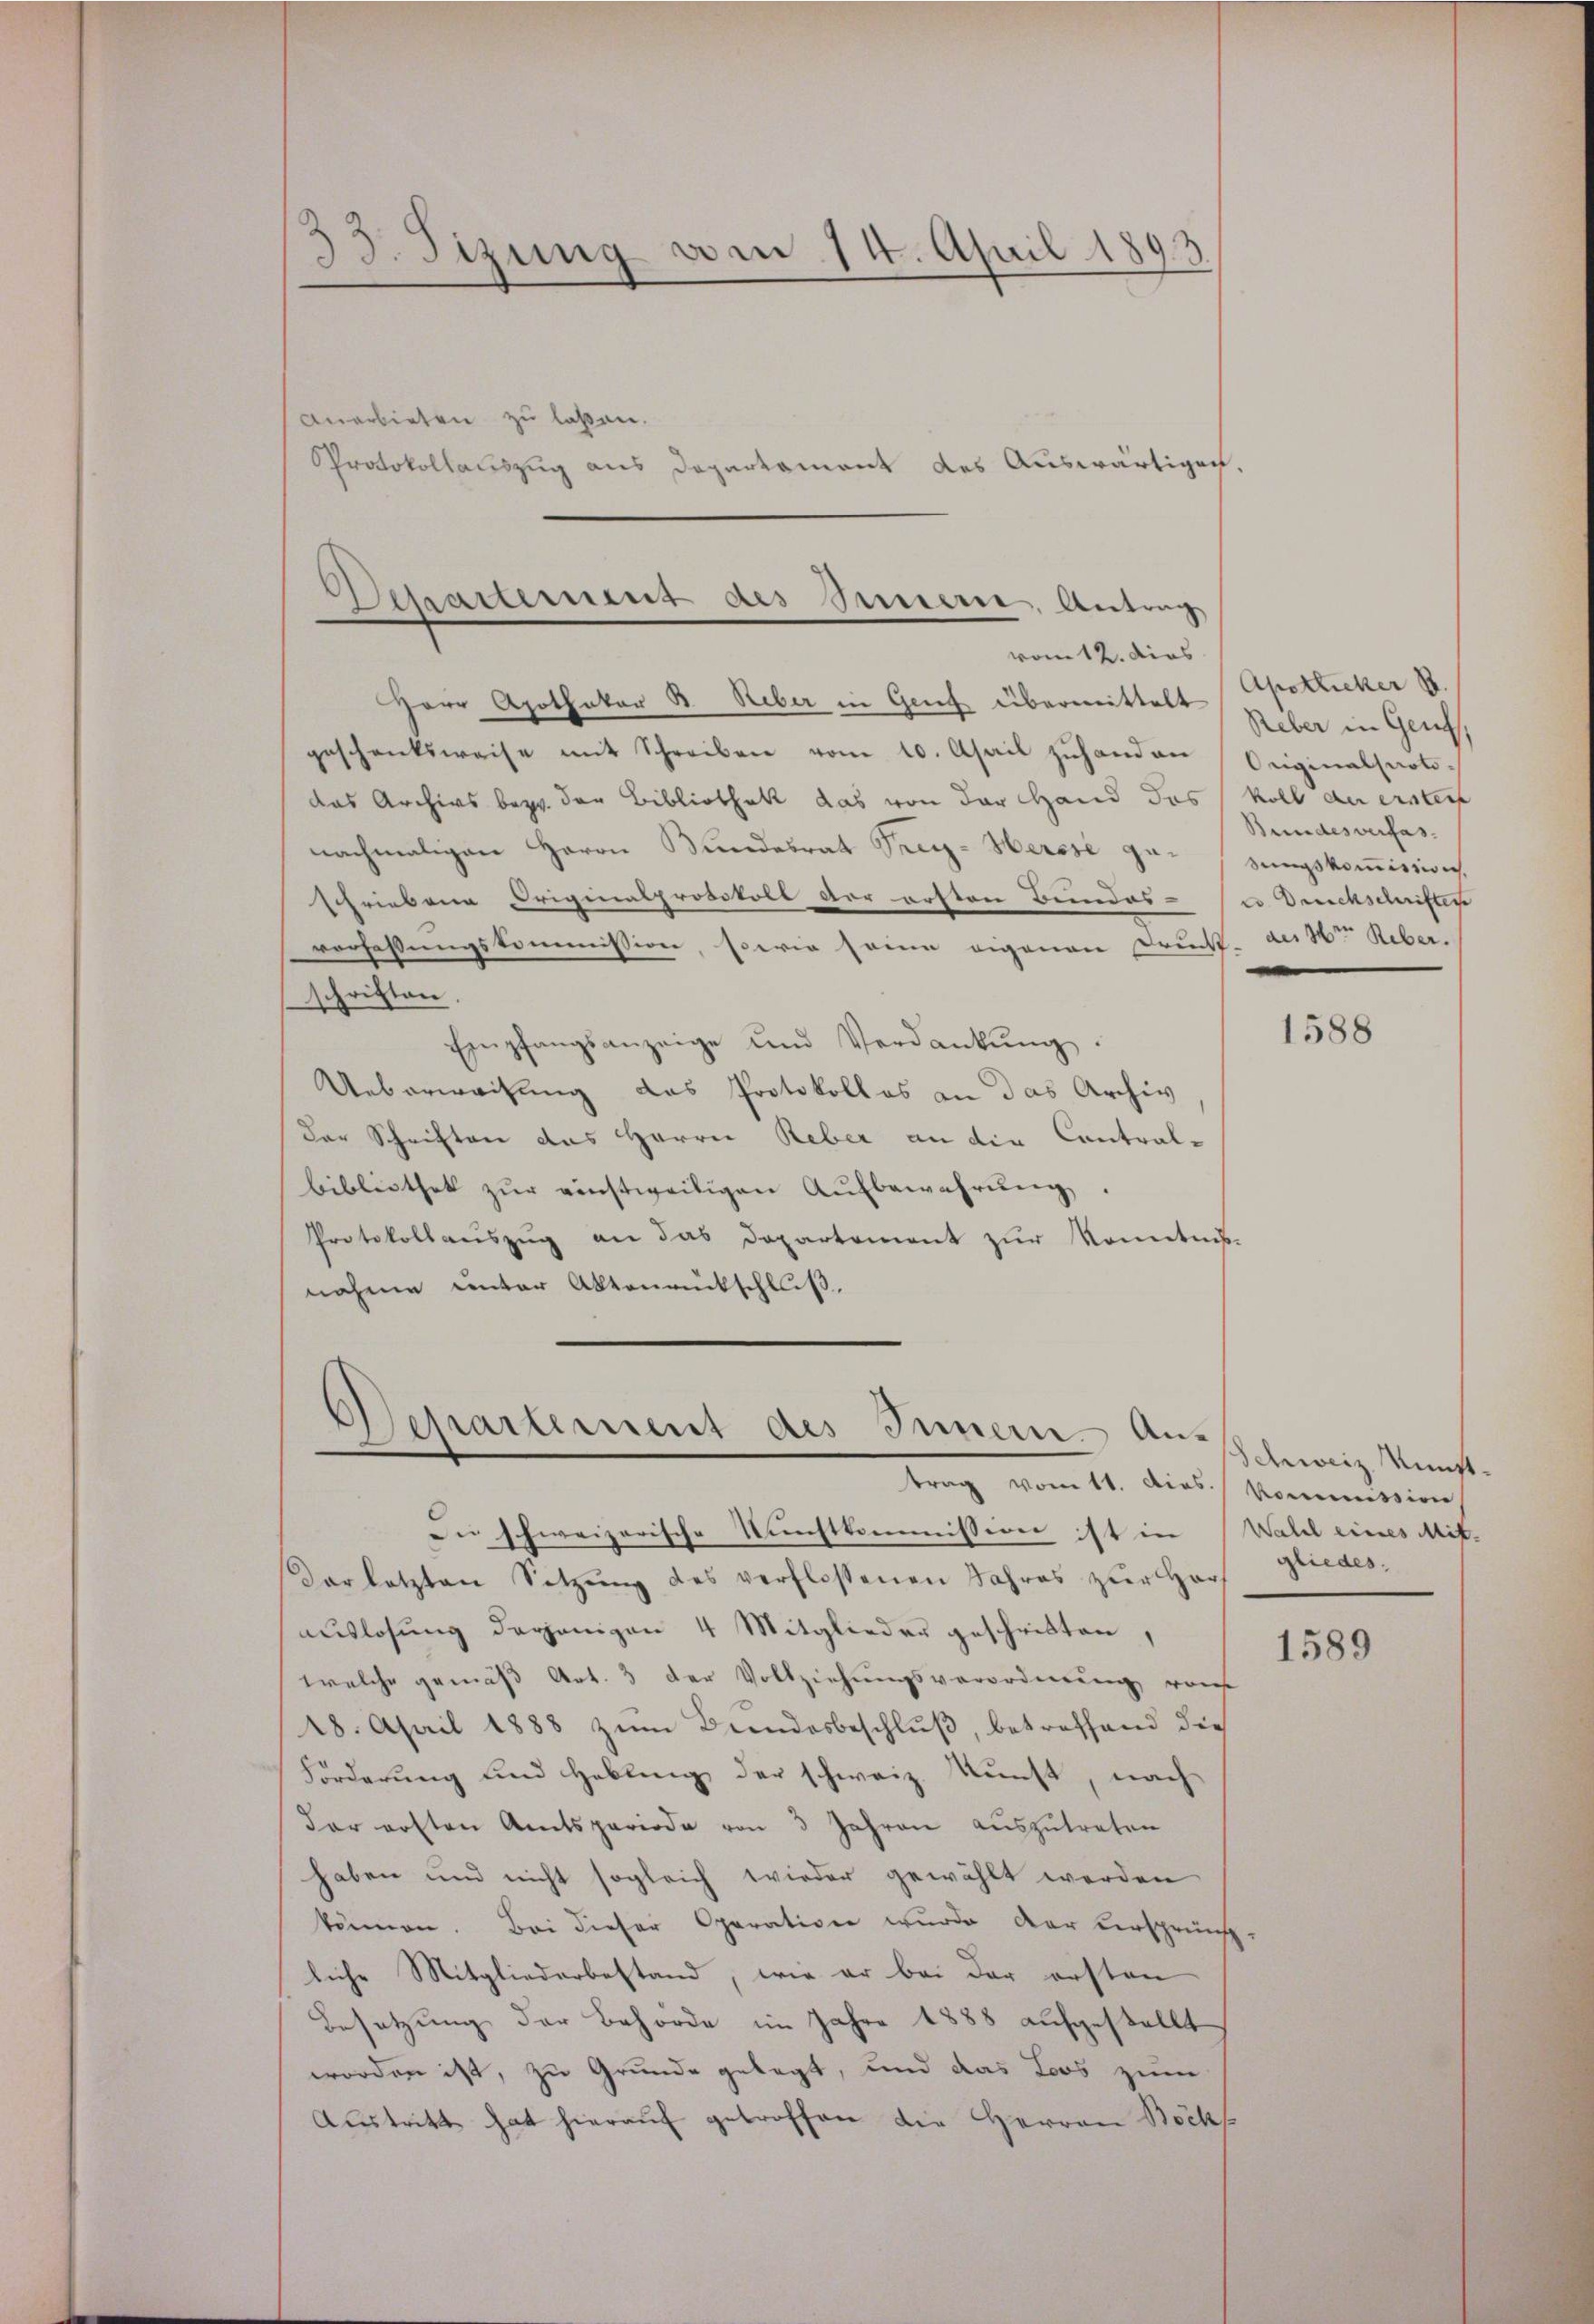
33. Sizung vom 14. April 1893
Anerbieten zu laßen.
Protokollauszug aus Departament des Auswärtigen,

Departement des Innern, Antrag
vom 12. dies

Herr Apothekar R. Reber in Gruf übermittelt Reber in Genf,
geschenksweise mit Schreiben vom 10. April zuhanden Originalharti-
das Archivs bezw. der Bibliothek das von der Hand das koll der erster
nachmaligen Herrn Bundesrat Frei- Hersse ge- (sungskomission
schriebene Originalprotokoll der ersten Bundes-co Druckschriften
verfaßungskommission, sowie seine eigenen Druck. ad 4ten Reber.
schriften.
Empfangsanzeige und Verdankŭng.
Ueberweisung das Protokoll es an das Archiv
Der Schriften das Herrn Reber an die Contralbibliothek zŭr einstweiligen Aŭfbewahrŭng.
Protokollaŭszŭg an das Departement zur Sonntnis-
nahme unter Aktenrückschluß,

Separtement des Innern Antrag vom 11. dies. Kommission

Du schweizerische Nichtkommission ist in Wald eines Mit-
Darletzten Sitzŭng des verflossenen Jahres zur Harf
auslosung derjenigen 4 Mitglieder geschritten,
welche gemäβ Art. 3 der Vollziehŭngsverordnung von
48. April 1888 zum Beendesbeschluß, betreffend die
Forderung und Hebling der schweiz. Kunst, nach
dar ersten Amtsperiode von 3 Jahren auszutreten
haben und nicht sogleich wieder gewählt werden
können. Bei dieser Operation wurde der versprüng-
liche Mitgliederbestand, wie er bei der ersten
Besetzung der Behörde im Jahre 1888 aufgestellt
worden ist, zu Grunde gelegt, und das Loos zum
Austritt hat hieraŭf getroffen die Herren Bocks

Apotlicher S.
Bundesverfas-

Schweiz. Kunst.
gliedes.

1588

1589